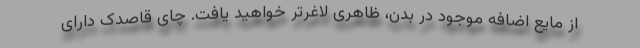
از مایع اضافه موجود در بدن، ظاهری لاغرتر خواهید یافت. چای قاصدک دارای